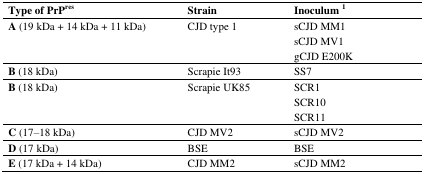
| Type of PrPres | Strain | Inoculum 1 |
 | --- | --- | --- |
 | <ROWSPAN=3> A (19 kDa + 14 kDa + 11 kDa) | <ROWSPAN=3> CJD type 1 | sCJD MM1 |
 | sCJD MV1 |
 | gCJD E200K |
 | B (18 kDa) | Scrapie It93 | SS7 |
 | <ROWSPAN=3> B (18 kDa) | <ROWSPAN=3> Scrapie UK85 | SCR1 |
 | SCR10 |
 | SCR11 |
 | C (17–18 kDa) | CJD MV2 | sCJD MV2 |
 | D (17 kDa) | BSE | BSE |
 | E (17 kDa + 14 kDa) | CJD MM2 | sCJD MM2 |